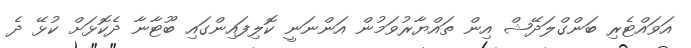
އަވައްޓެރި ބަންގްލަދޭޝް އިން ތައްޔާރުވަމުން އަންނަނީ ކޮލިފައިންގައި ބޫޓާނާ ދެކޮޅަށް ކުޅޭ ދެ